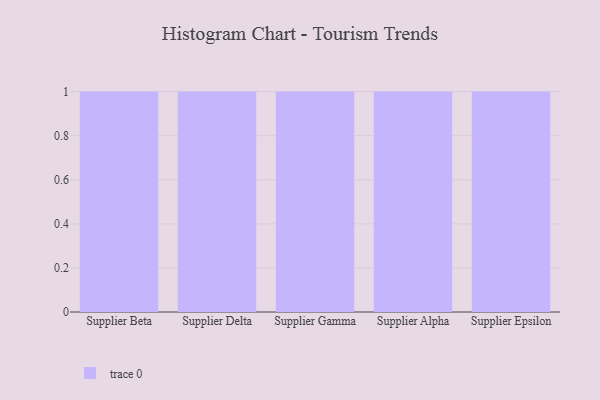
{"axis": {"x": "Supplier", "y": "Waste Production (Tons)"}, "legend": [""], "data": [{"x": "Supplier Beta", "y": 3, "type": ""}, {"x": "Supplier Delta", "y": 52, "type": ""}, {"x": "Supplier Gamma", "y": 35, "type": ""}, {"x": "Supplier Alpha", "y": 88, "type": ""}, {"x": "Supplier Epsilon", "y": 93, "type": ""}]}